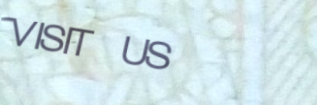
VISIT US